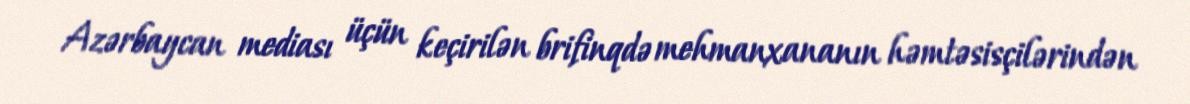
Azərbaycan mediası üçün keçirilən brifinqdə mehmanxananın həmtəsisçilərindən